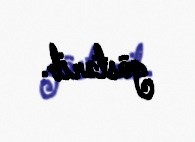
göstərib.